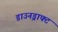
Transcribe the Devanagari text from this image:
डाउनड्राफ्ट